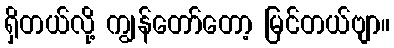
ရှိတယ်လို့ ကျွန်တော်တော့ မြင်တယ်ဗျာ။